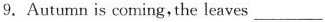
9.Autumn is coming, the leaves ___